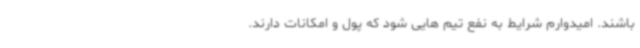
باشند. امیدوارم شرایط به نفع تیم هایی شود که پول و امکانات دارند.